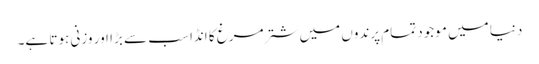
دنیا میں موجود تمام پرندوں میں شتر مرغ کا انڈا سب سے بڑا اور وزنی ہوتا ہے۔